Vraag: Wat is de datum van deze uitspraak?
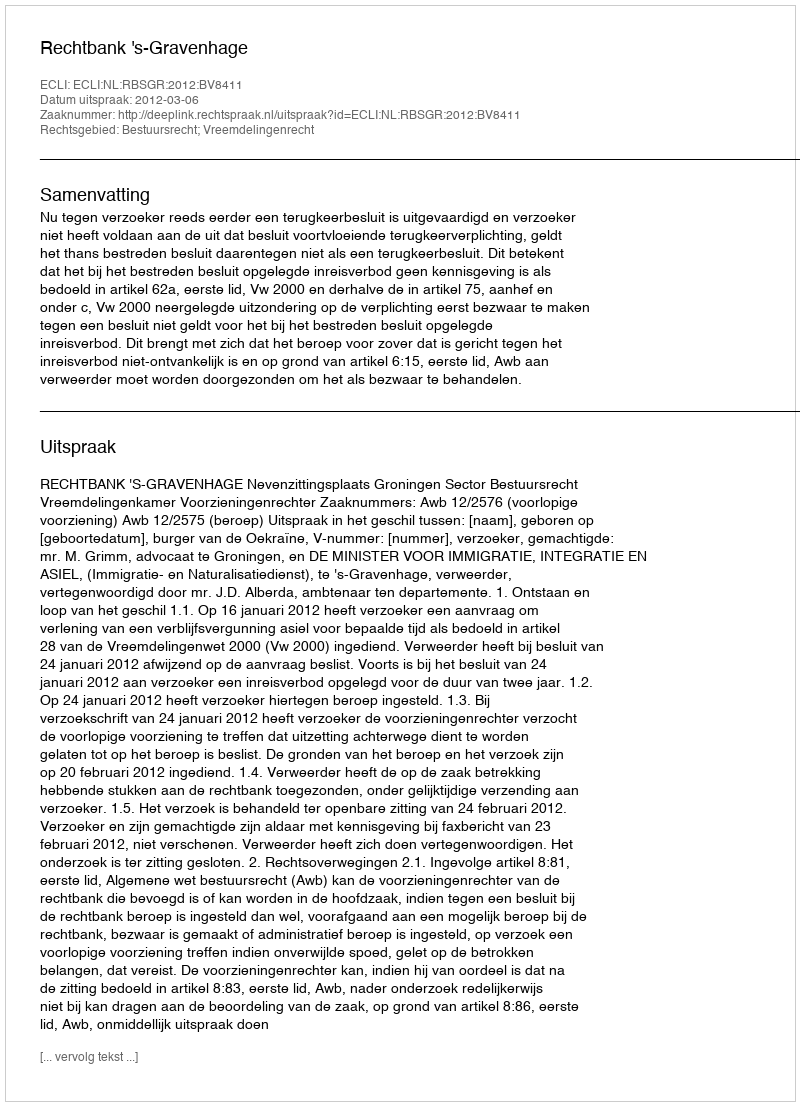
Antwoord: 2012-03-06